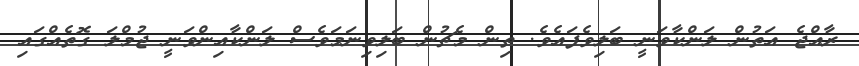
ރާއްޖެ އަތުން ލަންކާވަނީ ބަލިވެފައެވެ. ތިން މެޗުން ބަލިވިނަމަވެސް ލަންކާއިންވަނީ ޖުމްލަ ގޮތެއްގައި